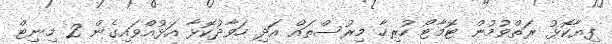
ފިޔާކޮޅު ރަތްވުމުން ޓޮމާޓޯ ހުރިހާ މިރުސްތައް އަދި ހަވާދުކޮޅާ އަޅުއްވައިގެން 2 މިނިޓް